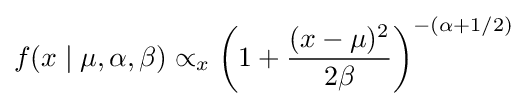
f(x\mid \mu ,\alpha ,\beta )\propto _{x}\left(1+{\frac {(x-\mu )^{2}}{2\beta }}\right)^{-(\alpha +1/2)}